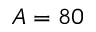
A = 8 0